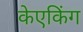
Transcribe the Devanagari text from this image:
केएकिंग